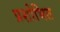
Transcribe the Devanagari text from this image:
प्रशोभित